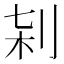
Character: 𠜀